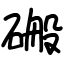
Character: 䃑